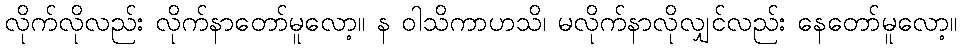
လိုက်လိုလည်း လိုက်နာတော်မူလော့။ န ဝါသိကာဟသိ၊ မလိုက်နာလိုလျှင်လည်း နေတော်မူလော့။